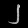
Digit: ၂